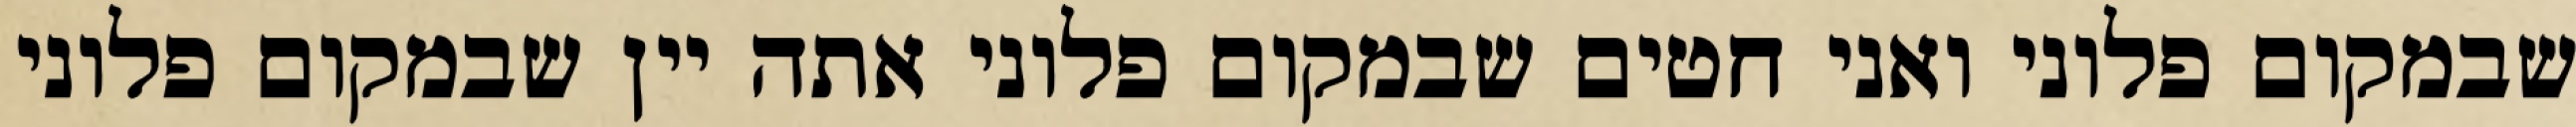
שבמקום פלוני ואני חטים שבמקום פלוני אתה יין שבמקום פלוני